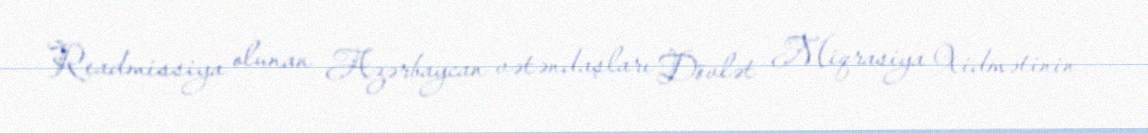
Readmissiya olunan Azərbaycan vətəndaşları Dövlət Miqrasiya Xidmətinin